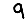
Digit: 9